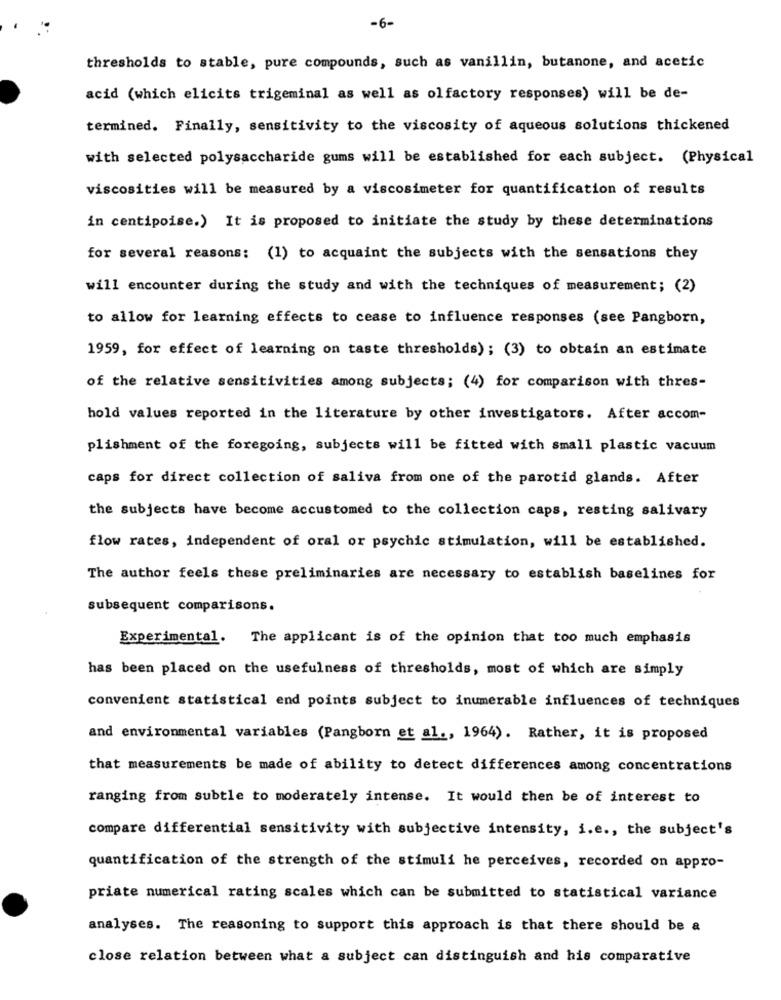
-6-
thresholds to stable, pure compounds, such as vanillin, butanone, and acetic
acid (which elicits trigeminal as well as olfactory responses) will be de-
termined. Finally, sensitivity to the viscosity of aqueous solutions thickened
with selected polysaccharide gums will be established for each subject. (Physical
viscosities will be measured by a viscosimeter for quantification of results
in centipoise.) It is proposed to initiate the study by these determinations
for several reasons: (1) to acquaint the subjects with the sensations they
will encounter during the study and with the techniques of measurement; (2)
to allow for learning effects to cease to influence responses (see Pangborn,
1959, for effect of learning on taste thresholds); (3) to obtain an estimate
of the relative sensitivities among subjects; (4) for comparison with thres-
hold values reported in the literature by other investigators. After accom-
plishment of the foregoing, subjects will be fitted with small plastic vacuum
caps for direct collection of saliva from one of the parotid glands. After
the subjects have become accustomed to the collection caps, resting salivary
flow rates, independent of oral or psychic stimulation, will be established.
The author feels these preliminaries are necessary to establish baselines for
subsequent comparisons.
Experimental.
The applicant is of the opinion that too much emphasis
has been placed on the usefulness of thresholds, most of which are simply
convenient statistical end points subject to inumerable influences of techniques
and environmental variables (Pangborn et al ., 1964). Rather, it is proposed
that measurements be made of ability to detect differences among concentrations
ranging from subtle to moderately intense. It would then be of interest to
compare differential sensitivity with subjective intensity, i.e ., the subject's
quantification of the strength of the stimuli he perceives, recorded on appro-
priate numerical rating scales which can be submitted to statistical variance
analyses. The reasoning to support this approach is that there should be a
close relation between what a subject can distinguish and his comparative